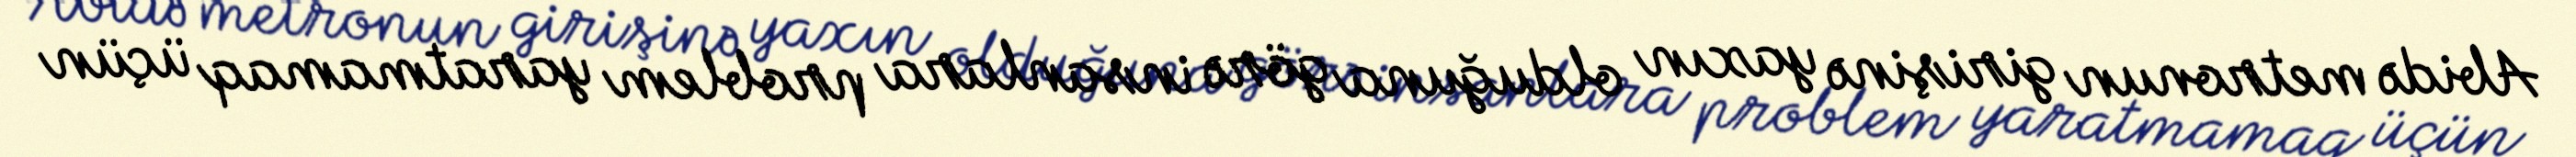
Abidə metronun girişinə yaxın olduğuna görə insanlara problem yaratmamaq üçün